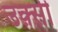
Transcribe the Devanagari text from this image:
उक़्सी